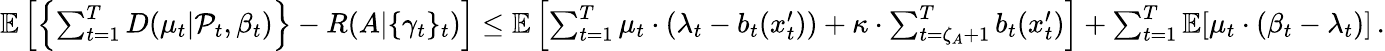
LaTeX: \begin{array}{r}{\mathbb{E}\left[\left\{ \sum_{t=1}^{T}D(\mu_{t}|\mathcal{P}_{t},\beta_{t})\right\} -R(A|\{ \gamma_{t}\} _{t})\right]\leq\mathbb{E}\left[\sum_{t=1}^{T}\mu_{t}\cdot(\lambda_{t}-b_{t}(x_{t}^{\prime}))+\kappa\cdot\sum_{t=\zeta_{A}+1}^{T}b_{t}(x_{t}^{\prime})\right]+\sum_{t=1}^{T}\mathbb{E}[\mu_{t}\cdot(\beta_{t}-\lambda_{t})]\, .}\end{array}